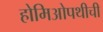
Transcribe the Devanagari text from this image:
होमिओपथीची